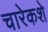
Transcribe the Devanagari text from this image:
चारेकशे